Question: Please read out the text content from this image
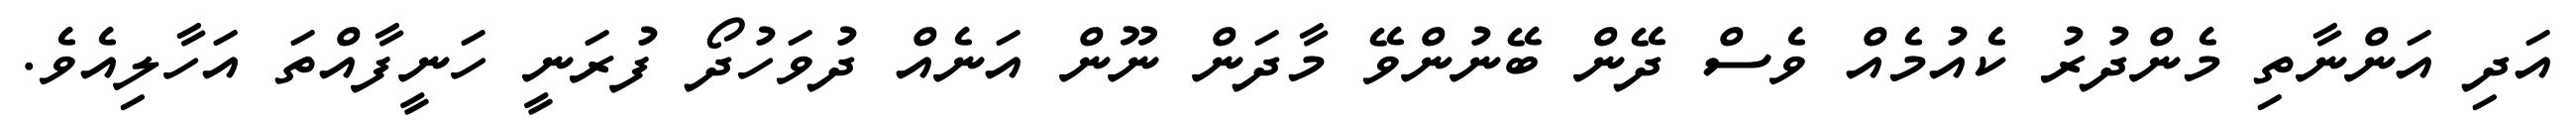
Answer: އަދި އަންނާތި މެންދުރު ކެއުމެއް ވެސް ދޭން ބޭނުންވޭ މާދަން ނޫން އަނެއް ދުވަހުދޯ ފުރަނީ ހަނީފާއްތަ އަހާލިއެވެ.